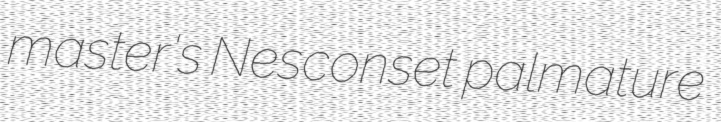
master's Nesconset palmature